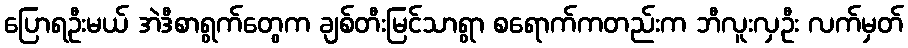
ပြောရဦးမယ် အဲဒီစာရွက်တွေက ချစ်တီးမြင်သာရွာ စရောက်ကတည်းက ဘီလူးလှဦး လက်မှတ်